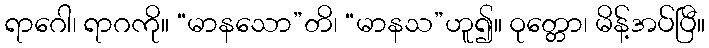
ရာဂေါ၊ ရာဂကို။ “မာနသော”တိ၊ “မာနသ”ဟူ၍။ ဝုတ္တော၊ မိန့်အပ်ပြီ။